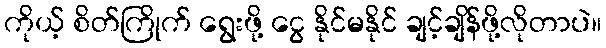
ကိုယ့် စိတ်ကြိုက် ရွေးဖို့ ငွေ နိုင်မနိုင် ချင့်ချိန်ဖို့လိုတာပဲ။